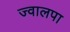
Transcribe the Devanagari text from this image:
ज्वालपा